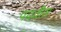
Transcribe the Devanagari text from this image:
पदवीस